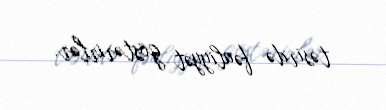
təsirdə fəaliyyət göstərirlər.